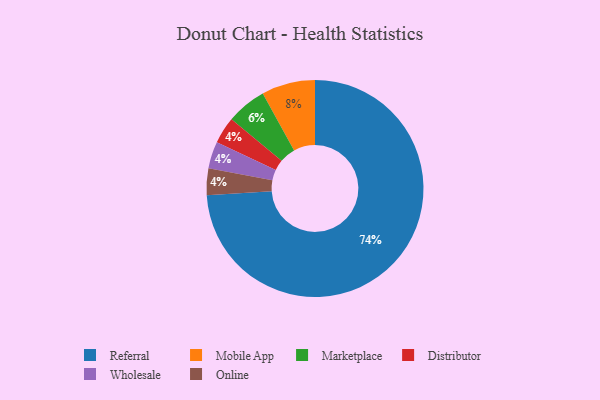
{"axis": {"x": "Category", "y": "Percentage"}, "legend": ["Distributor", "Marketplace", "Mobile App", "Online", "Referral", "Wholesale"], "data": [{"x": "Distributor", "y": 4, "type": "Distributor"}, {"x": "Mobile App", "y": 8, "type": "Mobile App"}, {"x": "Wholesale", "y": 4, "type": "Wholesale"}, {"x": "Online", "y": 4, "type": "Online"}, {"x": "Marketplace", "y": 6, "type": "Marketplace"}, {"x": "Referral", "y": 74, "type": "Referral"}]}